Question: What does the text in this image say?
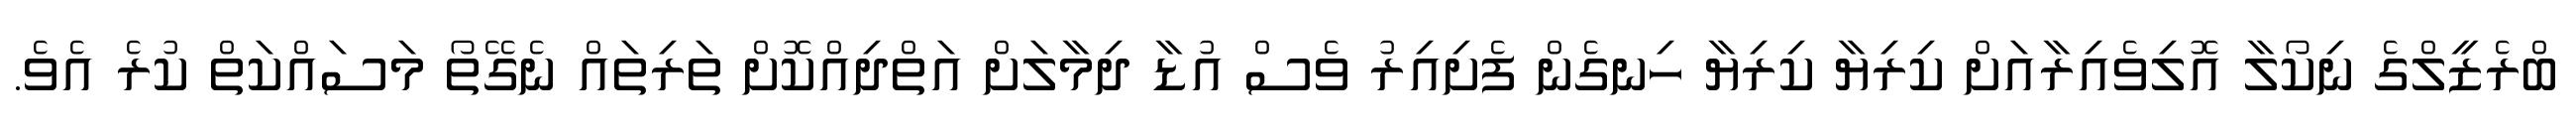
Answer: ބްރެޒީލްގެ ނިކޯލާ އޮލިވެއިރާއަށް ކިރިޔާ ކިރިޔާ ހިނގެން ފެށިއިރު ވެސް އުޑާ ދިމާލަށް އަތްދިއްކޮށް ތަރިތައް ނެގޭތޯ މަސައްކަތް ކުރެ އެވެ.